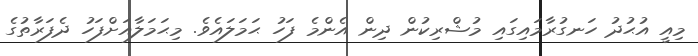
މިއީ އުޙުދު ހަނގުރާމައިގައި މުޝްރިކުން ދިން އެންމެ ފަހު ޙަމަލައެވެ. މިޙަމަލާއަށްފަހު ދެފަރާތުގެ